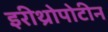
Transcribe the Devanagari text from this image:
इरीथ्रोपोटीन